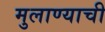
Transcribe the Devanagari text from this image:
मुलाण्याची